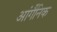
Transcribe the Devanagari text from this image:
आंर्गैनिक